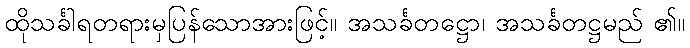
ထိုသင်္ခါရတရားမှပြန်သောအားဖြင့်။ အသင်္ခတဋ္ဌော၊ အသင်္ခတဋ္ဌမည် ၏။